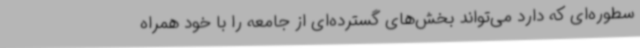
سطوره‌ای که دارد می‌تواند بخش‌های گسترده‌ای از جامعه را با خود همراه